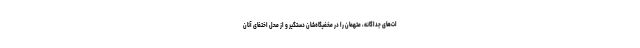
ات‌های جداگانه، متهمان را در مخفیگاه‌شان دستگیر و از محل اختفای آنان